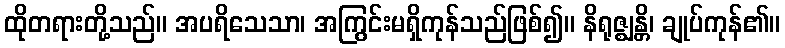
ထိုတရားတို့သည်။ အပရိသေသာ၊ အကြွင်းမရှိကုန်သည်ဖြစ်၍။ နိရုဇ္ဈန္တိ၊ ချုပ်ကုန်၏။